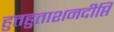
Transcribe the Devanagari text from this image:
हुतहुताशनदीप्ति